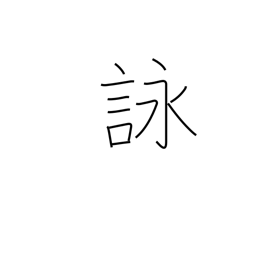
Meaning: composing